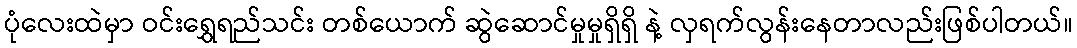
ပုံလေးထဲမှာ ဝင်းရွှေရည်သင်း တစ်ယောက် ဆွဲဆောင်မှုမှုရှိရှိ နဲ့ လှရက်လွန်းနေတာလည်းဖြစ်ပါတယ်။